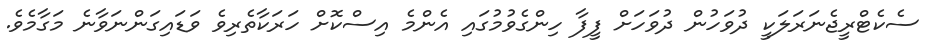
ސެކެޓްރީޖެނަރަލަކީ ދުވަހުން ދުވަހަށް ފީފާ ހިންގެވުމުގައި އެންމެ އިސްކޮށް ހަރަކާތެރިވެ ވަޑައިގަންނަވާނެ މަގާމެވެ.